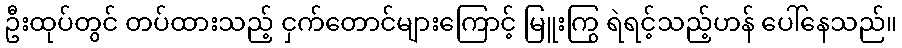
ဦးထုပ်တွင် တပ်ထားသည့် ငှက်တောင်များကြောင့် မြူးကြွ ရဲရင့်သည့်ဟန် ပေါ်နေသည်။